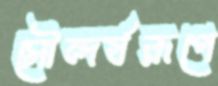
সৌন্দর্যরূপে